Annual report on the working of the lock hospitals in the Central Provinces
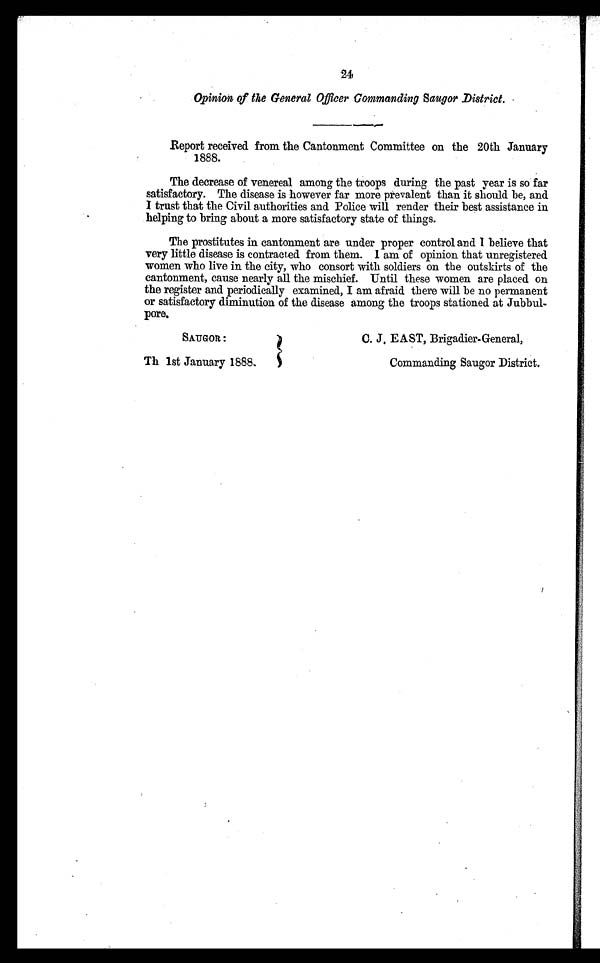
SAUGOR:
Th 1st January 1888.
C. J. EAST, Brigadier-General,
Commanding Saugor District.
24
Opinion of the General Officer Commanding Saugor District.
Report received from the Cantonment Committee on the 20th January
1888.
The decrease of venereal among the troops during the past year is so far
satisfactory. The disease is however far more prevalent than it should be, and
I trust that the Civil authorities and Police will render their best assistance in
helping to bring about a more satisfactory state of things.
The prostitutes in cantonment are under proper control and I believe that
very little disease is contracted from them. I am of opinion that unregistered
women who live in the city, who consort with soldiers on the outskirts of the
cantonment, cause nearly all the mischief. Until these women are placed on
the register and. periodically examined, I am afraid there will be no permanent
or satisfactory diminution of the disease among the troops stationed at Jubbul-
pore.